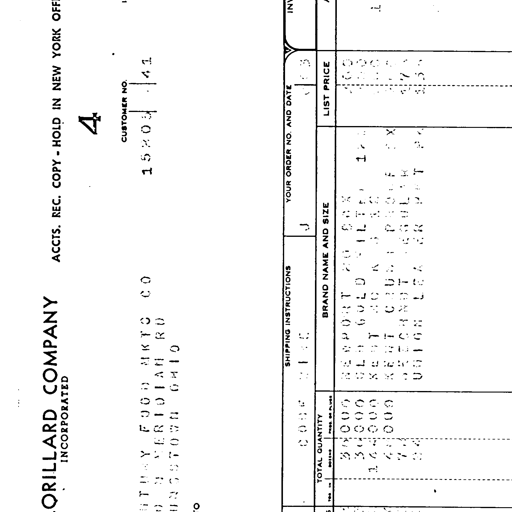
LORILLARD COMPANY INCORPORATED ACCTS. REC. COPY - HOLD IN NEW YORK OFFICE
4
CUSTOMER NO.
15805 41
THRIFTWAY FOOD MKTS CO
30 S MERIDIAN RD
YOUNGSTOWN OHIO
44509
SHIPPING INSTRUCTIONS CODE 2160 J YOUR ORDER NO. AND DATE 9 18 63 INV
TOTAL QUANTITY
TNS DOZENS PKGS OR PLUGS BRAND NAME AND SIZE LIST PRICE
36000 NEWPORT 70 BOX 460
30000 OLD GOLD FILTER 175 460
144000 KENT 80 BOX 460
42000 KENT CRUSH PROOF BOX 460
72 BEECHNUT REGULAR 475
24 UNION LEADER POCKET PK 453